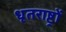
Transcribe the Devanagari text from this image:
धृतराष्ट्रों